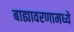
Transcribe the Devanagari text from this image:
बाह्यावरणामध्ये